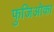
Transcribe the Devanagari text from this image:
फुजिओका